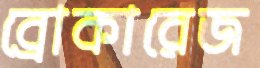
ব্রোকারেজ